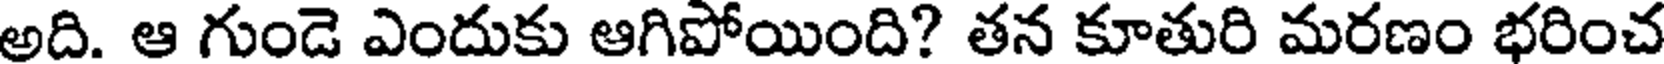
అది. ఆ గుండె ఎందుకు ఆగిపోయింది? తన కూతురి మరణం భరించ